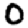
Digit: 0